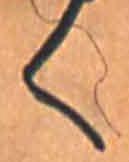
く